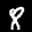
Label: 8